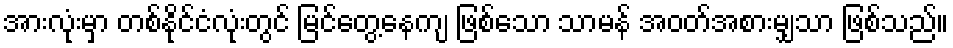
အားလုံးမှာ တစ်နိုင်ငံလုံးတွင် မြင်တွေ့နေကျ ဖြစ်သော သာမန် အဝတ်အစားမျှသာ ဖြစ်သည်။